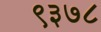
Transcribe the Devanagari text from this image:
९३७८